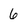
Character: 6